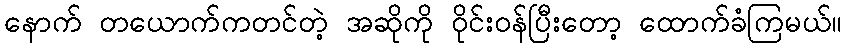
နောက် တယောက်ကတင်တဲ့ အဆိုကို ဝိုင်းဝန်ပြီးတော့ ထောက်ခံကြမယ်။